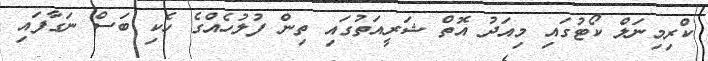
ކްރިމިނަލް ކޯޓުގައި މިއަދު އޮތް ޝަރީއަތުގައި ތިން ފުލުހެއްގެ ހެކި ބަސް ނަގާފައި